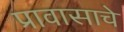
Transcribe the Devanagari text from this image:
प्रावासाचे